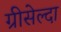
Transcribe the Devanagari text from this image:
ग्रीसेल्दा